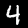
Digit: 4